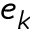
e _ { k }